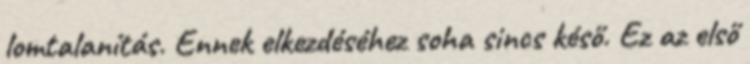
lomtalanítás. Ennek elkezdéséhez soha sincs késő. Ez az első